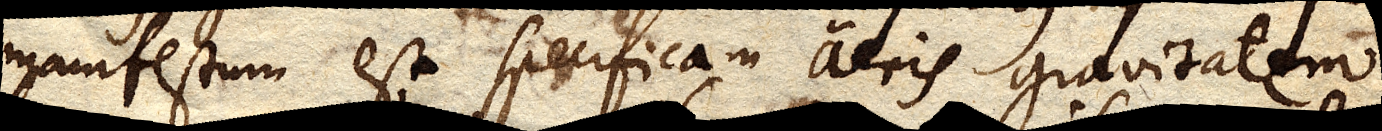
manifestum est specificam aeris gravitatem